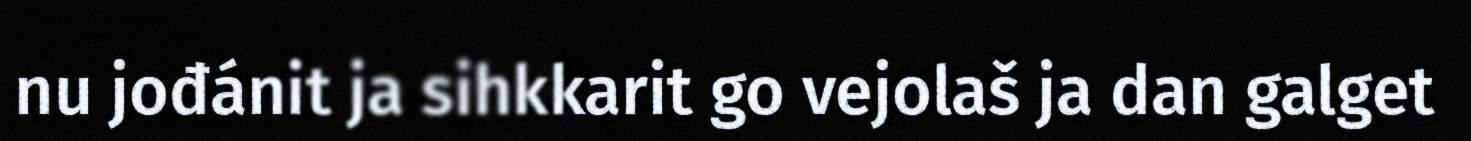
nu jođánit ja sihkkarit go vejolaš ja dan galget